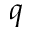
q